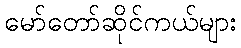
မော်တော်ဆိုင်ကယ်များ